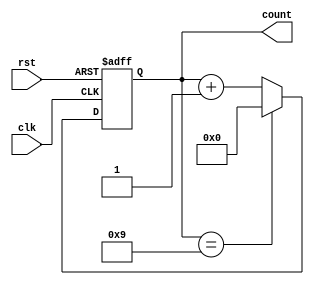
module bcd_counter (
    input wire clk,         // Clock signal
    input wire rst,         // Reset signal (active high)
    output reg [3:0] count  // 4-bit output for BCD count
);

// Always block triggered on the rising edge of clk or when rst is high
always @(posedge clk or posedge rst) begin
    if (rst) begin
        // Asynchronous reset: set count to 0
        count <= 4'b0000;
    end else begin
        // Increment count
        if (count == 4'b1001) begin
            // If count is 9 (1001), roll over to 0
            count <= 4'b0000;
        end else begin
            // Otherwise, increment the count
            count <= count + 1'b1;
        end
    end
end

endmodule